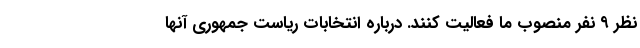
نظر ۹ نفر منصوب ما فعالیت کنند. درباره انتخابات ریاست جمهوری آنها